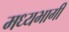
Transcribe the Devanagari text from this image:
मध्‍यभागी